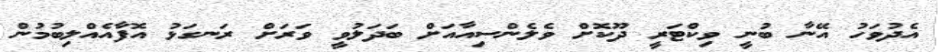
އެދުވަހު އޭނާ ބުނީ ވިކްޓަރީ ދޫކޮށް ވެލެންސިއާއަށް ބަދަލުވީ ވަރަށް ރަނގަޅު އޮފާއެއްލިބުމުން